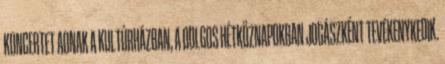
KONCERTET ADNAK A KULTÚRHÁZBAN, A DOLGOS HÉTKÖZNAPOKBAN JOGÁSZKÉNT TEVÉKENYKEDIK.